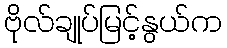
ဗိုလ်ချုပ်မြင့်နွယ်က